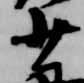
少